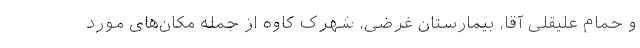
و حمام علیقلی آقا، بیمارستان غرضی، شهرک کاوه از جمله مکان‌های مورد